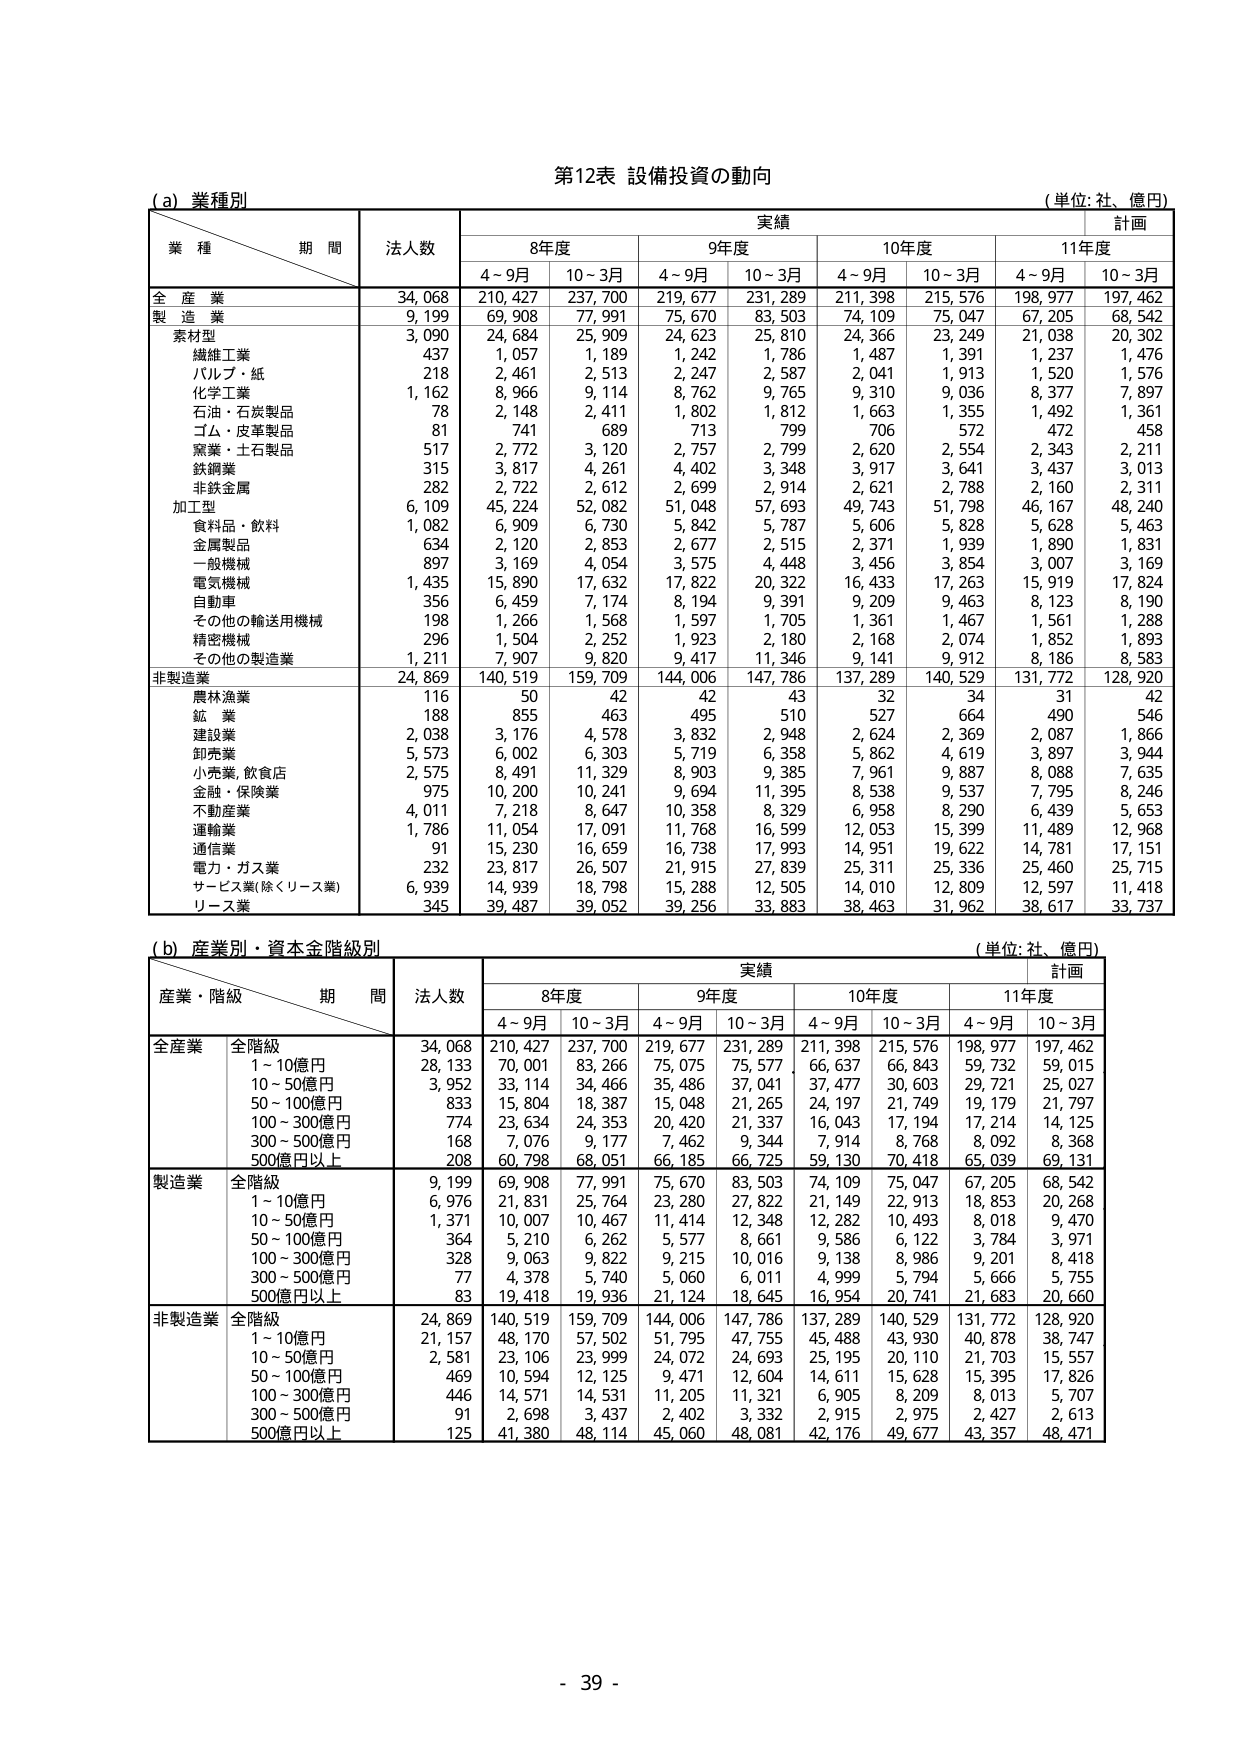
第12表 設備投資の動向
(単位: 社、億円)

(a) 業種別

業種／期間　　法人数　　実績